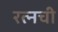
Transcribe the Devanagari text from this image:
रत्‍नची